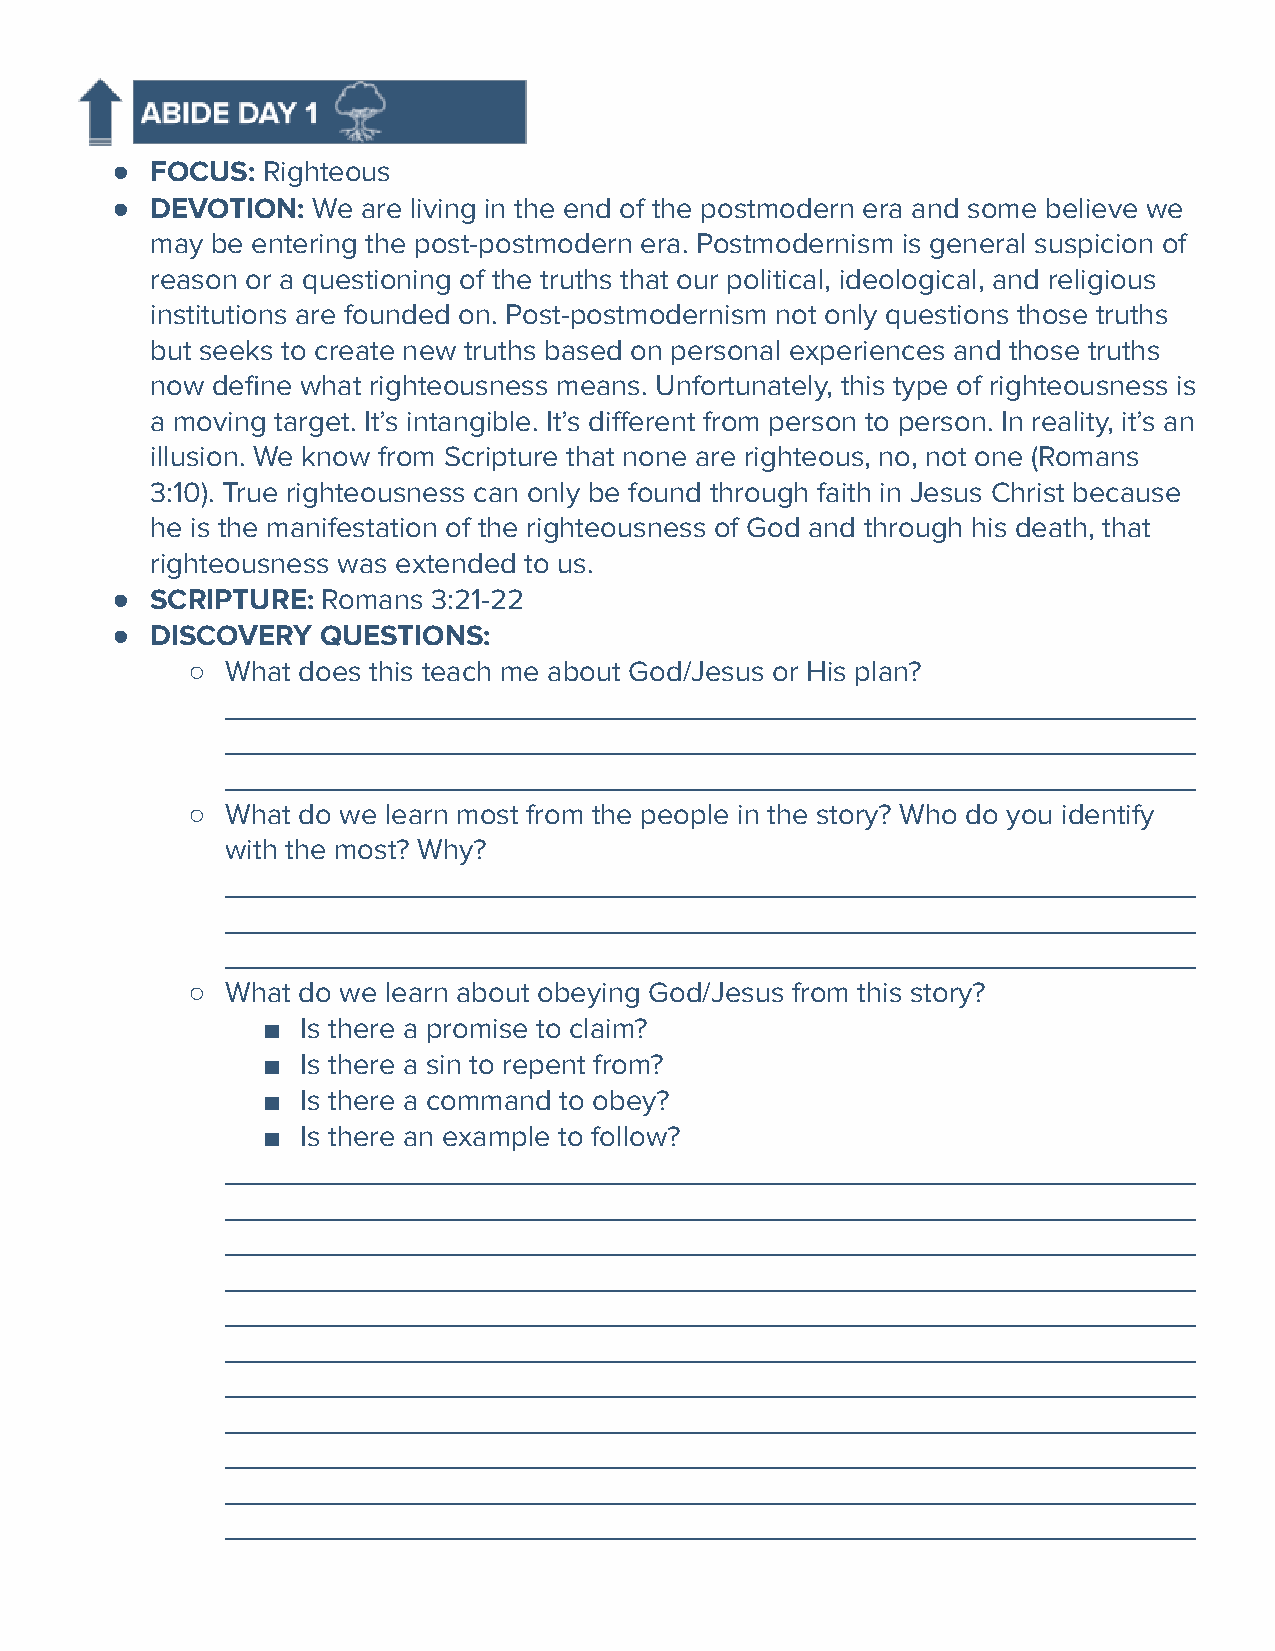
●  FOCUS: Righteous
 ●  DEVOTION:  We are living in the end of the postmodern era and some believe we
 may be entering the post-postmodern era. Postmodernism is general suspicion of
 reason or a questioning of the truths that our political, ideological, and religious
 institutions are founded on. Post-postmodernism not only questions those truths
 but seeks to create new truths based on personal experiences and those truths
 now define what righteousness means. Unfortunately, this type of righteousness is
 a moving target. It’s intangible. It’s different from person to person. In reality, it’s an
 illusion. We know from Scripture that none are righteous, no, not one (Romans
 3:10). True righteousness can only be found through faith in Jesus Christ because
 he is the manifestation of the righteousness of God and through his death, that
 righteousness was extended to us.
 ●  SCRIPTURE: Romans  3:21-22
 ●  DISCOVERY  QUESTIONS:
 ○  What does this teach me about God/Jesus or His plan?
 ___________________________________________________________
 ___________________________________________________________
 ___________________________________________________________
 ○  What do we learn most from the people in the story? Who do you identify
 with the most? Why?
 ___________________________________________________________
 ___________________________________________________________
 ___________________________________________________________
 ○  What do we learn about obeying God/Jesus from this story?
 ■  Is there a promise to claim?
 ■  Is there a sin to repent from?
 ■  Is there a command to obey?
 ■  Is there an example to follow?
 ___________________________________________________________
 ___________________________________________________________
 ___________________________________________________________
 ___________________________________________________________
 ___________________________________________________________
 ___________________________________________________________
 ___________________________________________________________
 ___________________________________________________________
 ___________________________________________________________
 ___________________________________________________________
 ___________________________________________________________